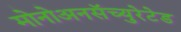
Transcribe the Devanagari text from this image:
मोनोअनसॅच्युरेटेड